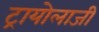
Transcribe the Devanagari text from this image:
ट्रायोलाजी